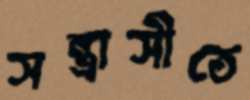
সন্ত্রাসীতে